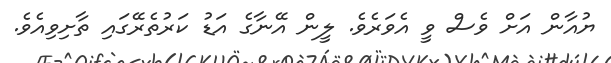
ޔުއާން އަށް ވެސް ވީ އެވަރެވެ. ލީން އޭނާގެ އަޑު ކަރުތެރޭގައި ތާށިވިއެވެ.